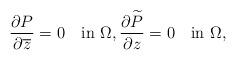
LaTeX: \begin{align*}\frac{\partial P}{\partial \overline z}=0\quad\mbox{in}\,\,\Omega,\frac{\partial\widetilde P}{\partial z}=0\quad\mbox{in}\,\,\Omega,\end{align*}